Report of the Indian Hemp Drugs Commission, 1894-1895 - Volume VI
Year: 1894
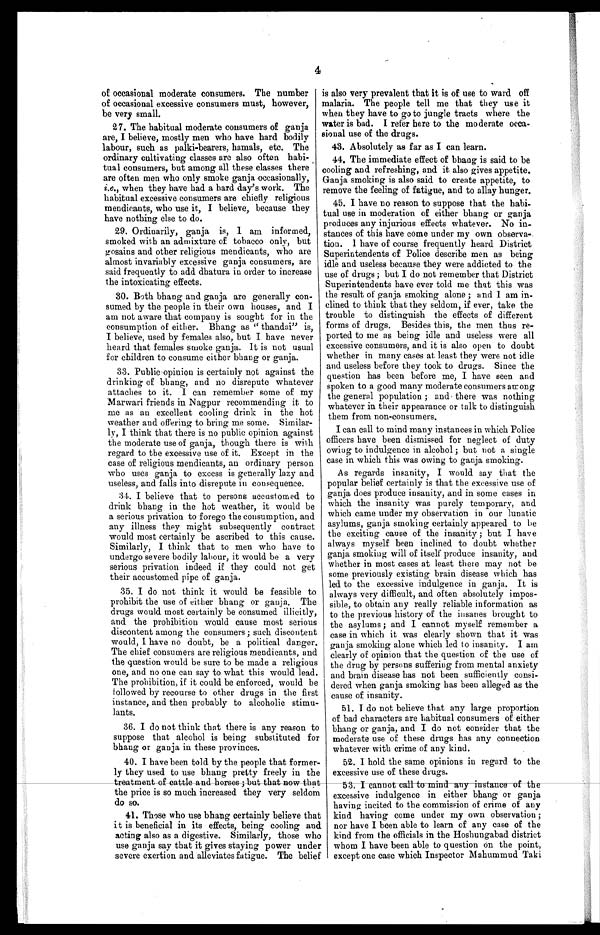
4
of occasional moderate consumers. The number
of occasional excessive consumers must, however,
be very small.
27. The habitual moderate consumers of ganja
are, I believe, mostly men who have hard bodily
labour, such as palki-bearers, hamals, etc. The
ordinary cultivating classes are also often habi
-tual consumers, but among all these classes there
are often men who only smoke ganja occasionally,
i.e., when they have had a hard day's work. The
habitual excessive consumers are chiefly religious
mendicants, who use it, I believe, because they
have nothing else to do.
29. Ordinarily, ganja is, I am informed,
smoked with an admixture of tobacco only, but
gosains and other religious mendicants, who are
almost invariably excessive ganja consumers, are
said frequently to add dhatura in order to increase
the intoxicating effects.
30. Both bhang and ganja are generally con
- s u m e d b y t h e p e o p l e i n t h e i r o w n h o u s e s , a n d I
am not aware that company is sought for in the
consumption of either. Bhang as " thandai" is,
I believe, used by females also, but I have never
heard that females smoke ganja. It is not usual
for children to consume either bhang or ganja.
33. Public opinion is certainly not against the
drinking of bhang, and no disrepute whatever
attaches to it. I can remember some of my
Marwari friends in Nagpur recommending it to
me as an excellent cooling drink in the hot
weather and offering to bring me some. Similar--
ly, I think that there is no public opinion against
the moderate use of ganja, though there is with
regard to the excessive use of it. Except in the
case of religious mendicants, an ordinary person
who uses ganja to excess is generally lazy and
useless, and falls into disrepute in consequence.
34. I believe that to persons accustomed to
drink bhang in the hot weather, it would be
a serious privation to forego the consumption, and
any illness they might subsequently contract
would most certainly be ascribed to this cause.
Similarly, I think that to men who have to
undergo severe bodily labour, it would be a very
serious privation indeed if they could not get
their accustomed pipe of ganja.
35. I do not think it would be feasible to
prohibit the use of either bhang or ganja. The
drugs would most certainly be consumed illicitly,
and the prohibition would cause most serious
discontent among the consumers ; such discontent
would, I have no doubt, be a political danger.
The chief consumers are religious mendicants, and
the question would be sure to be made a religious
one, and no one can say to what this would lead.
The prohibition, if it could be enforced, would be
followed by recourse to other drugs in the first
instance, and then probably to alcoholic stimu--
lants.
36. I do not think that there is any reason to
suppose that alcohol is being substituted for
bhang or ganja in these provinces.
40. I have been told by the people that former
-ly they used to use bhang pretty freely in the
t r e a t m e n t o f c a t t l e a n d h o r s e s ; b u t t h a t n o w t h a t t h e p r i c e i s s om
u c h i n c r e a s e d t h e y v e r y s e l d o m
do so.
41. Those who use bhang certainly believe that
it is beneficial in its effects, being cooling and
acting also as a digestive. Similarly, those who
use ganja say that it gives staying power under
severe exertion and alleviates fatigue. The belief
is also very prevalent that it is of use to ward off
malaria. The people tell me that they use it
when they have to go to jungle tracts where the
water is bad. I refer here to the moderate occa
- s i o n a l u s e o f t h e d r u g s .
43. Absolutely as far as I can learn.
44. The immediate effect of bhang is said to be
cooling and refreshing, and it also gives appetite.
Ganja smoking is also said to create appetite, to
remove the feeling of fatigue, and to allay hunger.
45. I have no reason to suppose that the habi
- t u a l u s e i n m o d e r a t i o n o f e i t h e r b h a n g o r g a n j a
produces any injurious effects whatever. No in--
stances of this have come under my own observa--
tion. I have of course frequently heard District
Superintendents of Police describe men as being
idle and useless because they were addicted to the
use of drugs ; but I do not remember that District
Superintendents have ever told me that this was
the result of ganja smoking alone ; and I am in
- c l i n e d t o t h i n k t h a t t h e y s e l d o m , i f e v e r , t a k e t h e
trouble to distinguish the effects of different
forms of drugs. Besides this, the men thus re--
ported to me as being idle and useless were all
excessive consumers, and it is also open to doubt
whether in many cases at least they were not idle
and useless before they took to drugs. Since the
question has been before me, I have seen and
spoken to a good many moderate consumers among
the general population ; and there was nothing
whatever in their appearance or talk to distinguish
them from non-consumers.
I can call to mind many instances in which Police
officers have been dismissed for neglect of duty
owing to indulgence in alcohol ; but not a single
case in which this was owing to ganja smoking.
As regards insanity, I would say that the
popular belief certainly is that the excessive use of
ganja does produce insanity, and in some cases in
which the insanity was purely temporary, and
which came under my observation in our lunatic
asylums, ganja smoking certainly appeared to be
the exciting cause of the insanity ; but I have
always myself been inclined to doubt whether
ganja smoking will of itself produce insanity, and
whether in most cases at least there may not be
some previously existing brain disease which has
led to the excessive indulgence in ganja. It is
always very difficult, and often absolutely impos
- s i b l e , t o o b t a i n a n y r e a l l y r e l i a b l e i n f o r m a t i o n a s
to the previous history of the insanes brought to
the asylums ; and I cannot myself remember a
case in which it was clearly shown that it was
ganja smoking alone which led to insanity. I am
clearly of opinion that the question of the use of
the drug by persons suffering from mental anxiety
and brain disease has not been sufficiently consi-
- d e r e d w h e n g a n j a s m o k i n g h a s b e e n a l l e g e d a s t h e
cause of insanity.
51. I do not believe that any large proportion
of bad characters are habitual consumers of either
bhang or ganja, and I do not consider that the
moderate use of these drugs has any connection
whatever with crime of any kind.
52. I hold the same opinions in regard to the
excessive use of these drugs.
53. I cannot call to mind any instance of the
excessive indulgence in either bhang or ganja
having incited to the commission of crime of any
kind having come under my own observation ;
nor have I been able to learn of any case of the
kind from the officials in the Hoshungabad district
whom. I have been able to question on the point,
except one case which Inspector Mahummud Taki